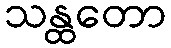
သန္ထတော